Notes on vaccination in the North-West Frontier Province 1923-1928 - 1923-1928
Year: 1923
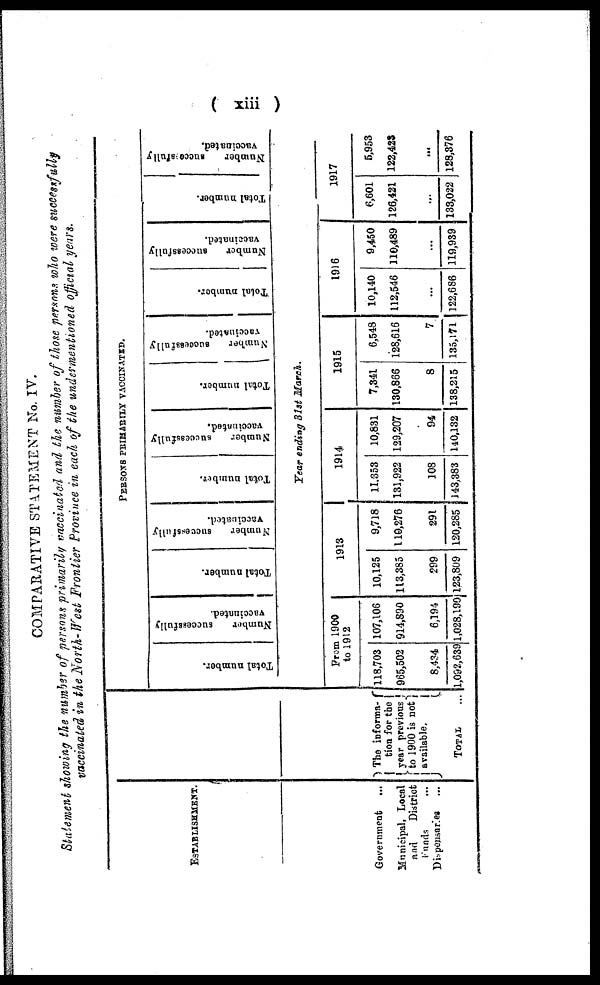
(xiii )
COMPARATIVE STATEMENT No. IV.
Statement showing the number of persons primarily vaccinated and the number of those persons who were successfully
vaccinated in the North-West Frontier Province in each of the undermentioned official years.
ESTABLISHMENT.
Government ...
Municipal,Local
and
District
Funds ...
Dispensaries ...
The informa¬
tion for the
year previous
to 1900 is not
available.
TOTAL ...
PERSONS PRIMARILY VACCINATED.
Total number.
Number
successfully
vaccinated.
Total number.
Number
successfully
vaccinated.
Total number
Number
successfully
vaccinated.
Total number.
Number
successfully
vaccinated.
Total number.
Number
successfully
vaccinated.
Total number.
Number
successfully
vaccinated.
Year ending 31st March.
From 1900
to 1912
118,703
965,502
8,434
1,092,639
107,106
914,890
6,194
1,028,190
1913
10,125
113,385
299
123,809
9,718
110,276
291
120,285
1914
11,353
131,922
108
143,383
10,831
129,207
94
140,132
1915
7,341
130,866
8
138,215
6,548
128,616
7
135,171
1916
10,140
112,546
...
122,686
9,450
110,489
...
119,939
1917
6,601
126,421
...
133,022
5,953
122,423
...
128,376